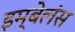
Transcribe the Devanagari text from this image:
इम्बेलंस